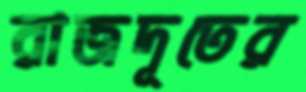
রাজদূতের